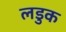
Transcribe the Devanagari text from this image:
लडुक